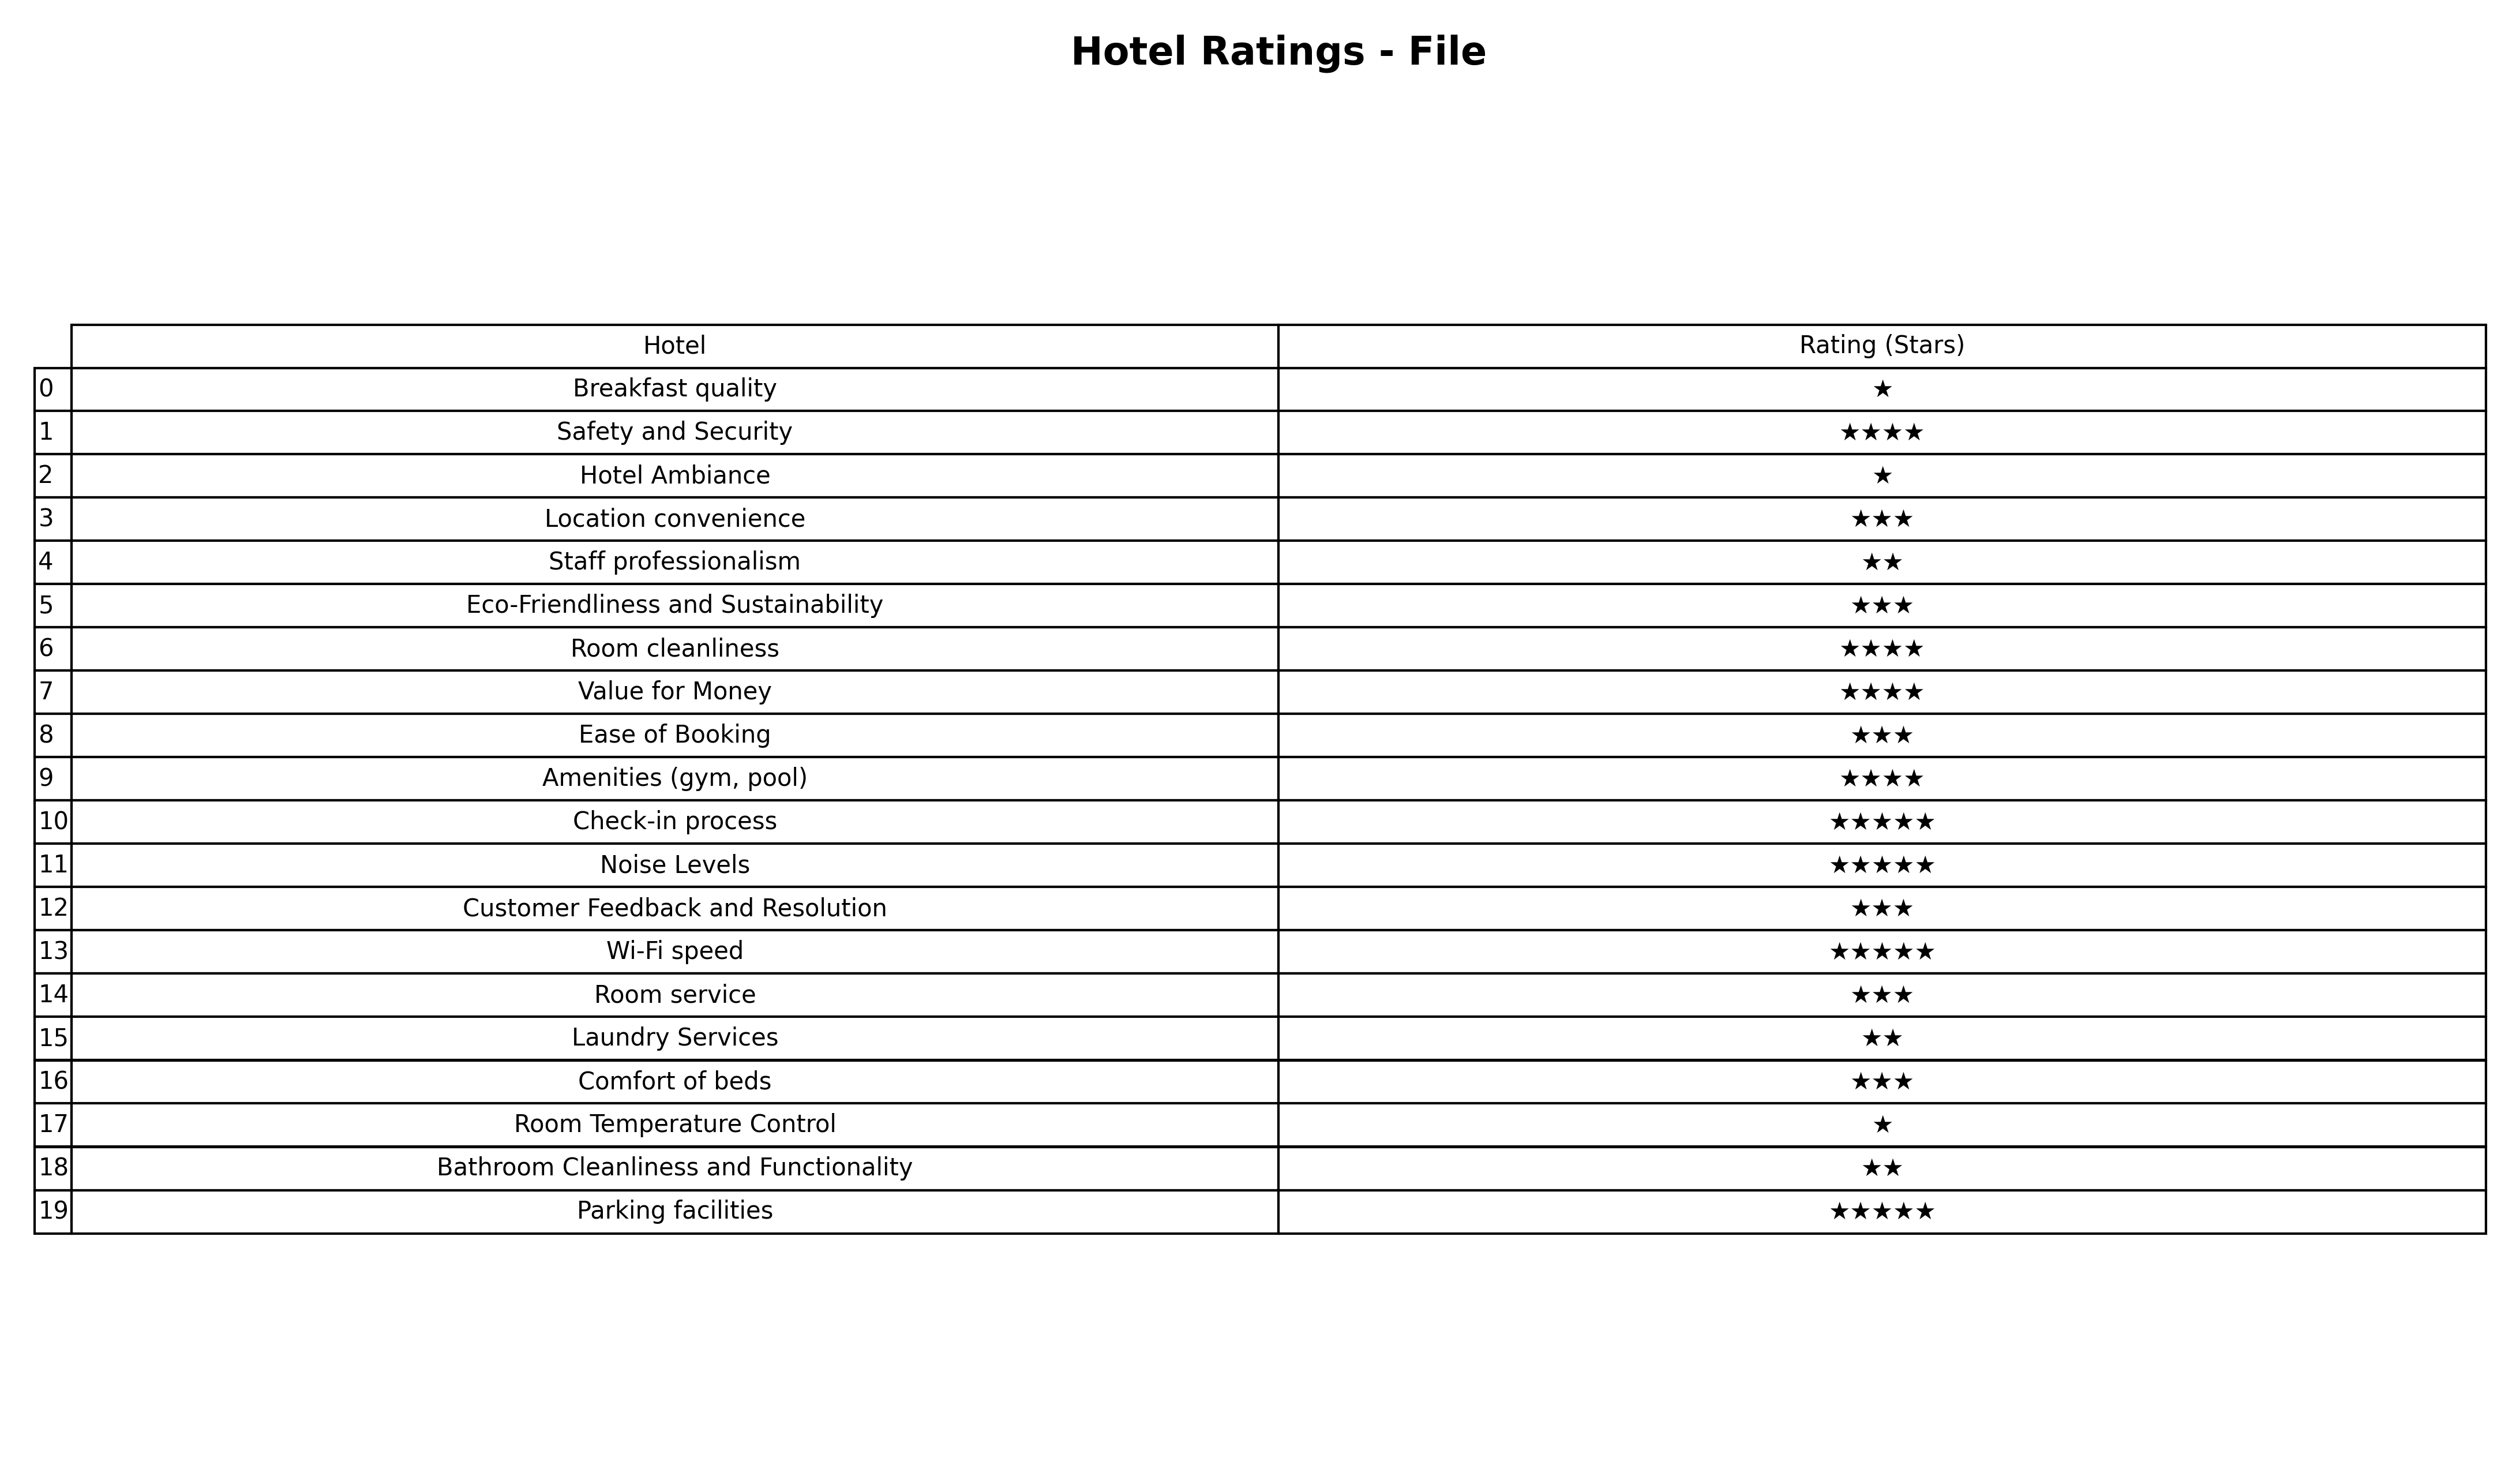
question: What is the rating of Room cleanliness?
answer: ★★★★